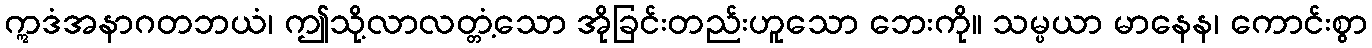
ဣဒံအနာဂတဘယံ၊ ဤသို့လာလတ္တံ့သော အိုခြင်းတည်းဟူသော ဘေးကို။ သမ္ပယာ မာနေန၊ ကောင်းစွာ